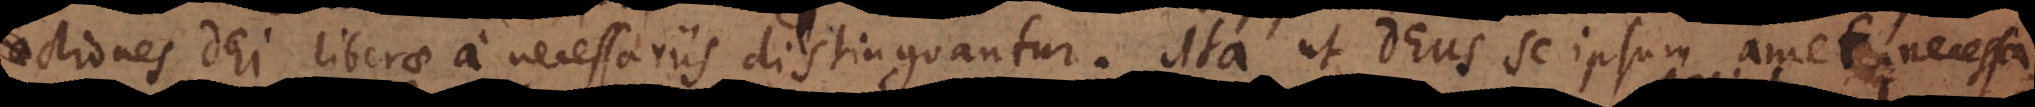
actiones Dei liberae a necessariis distinguantur. Ita ut Deus se ipsum amet neces